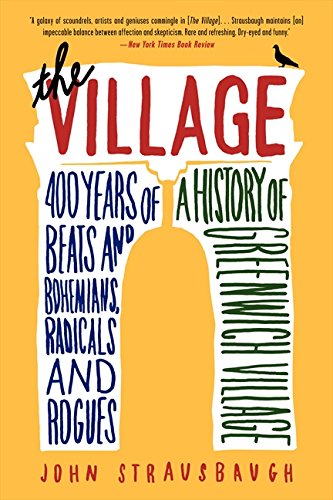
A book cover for The Village: 400 Years of Beats and Bohemians, Radicals and Rogues, a History of Greenwich Village; John Strausbaugh; Gay & Lesbian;